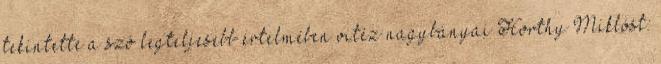
tekintette a szó legteljesebb értelmében vitéz nagybányai Horthy Miklóst: